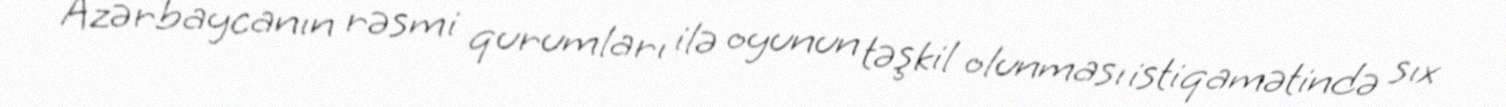
Azərbaycanın rəsmi qurumları ilə oyunun təşkil olunması istiqamətində sıx